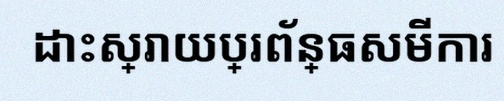
ដោះស្រាយប្រព័ន្ធសមីការ